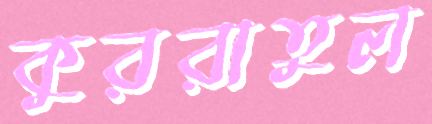
কুররাতুল